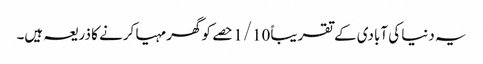
یہ دنیا کی آبادی کے تقریباً 1/10 حصے کو گھر مہیا کرنے کا ذریعہ ہیں۔